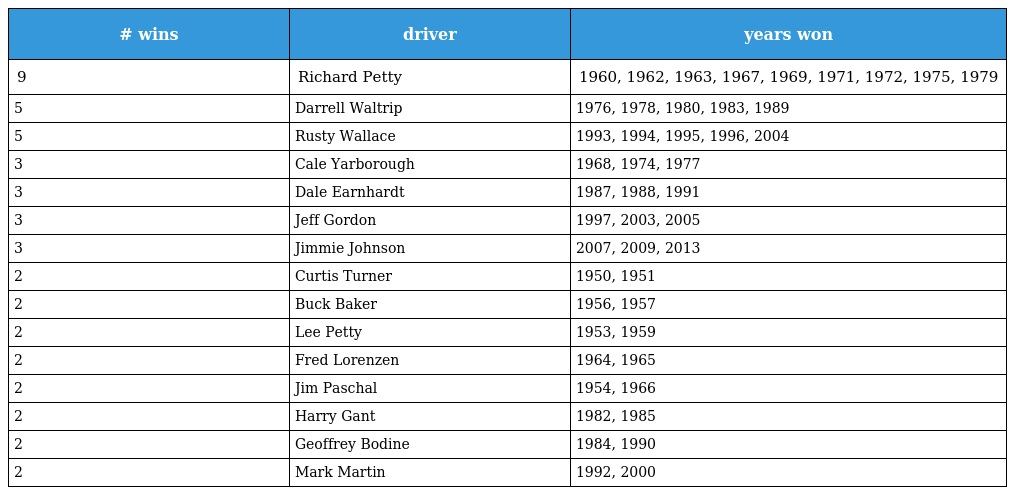
| # wins | driver | years won |
 | --- | --- | --- |
 | 9 | Richard Petty | 1960, 1962, 1963, 1967, 1969, 1971, 1972, 1975, 1979 |
 | 5 | Darrell Waltrip | 1976, 1978, 1980, 1983, 1989 |
 | 5 | Rusty Wallace | 1993, 1994, 1995, 1996, 2004 |
 | 3 | Cale Yarborough | 1968, 1974, 1977 |
 | 3 | Dale Earnhardt | 1987, 1988, 1991 |
 | 3 | Jeff Gordon | 1997, 2003, 2005 |
 | 3 | Jimmie Johnson | 2007, 2009, 2013 |
 | 2 | Curtis Turner | 1950, 1951 |
 | 2 | Buck Baker | 1956, 1957 |
 | 2 | Lee Petty | 1953, 1959 |
 | 2 | Fred Lorenzen | 1964, 1965 |
 | 2 | Jim Paschal | 1954, 1966 |
 | 2 | Harry Gant | 1982, 1985 |
 | 2 | Geoffrey Bodine | 1984, 1990 |
 | 2 | Mark Martin | 1992, 2000 |